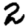
Digit: 2